Indian journal of veterinary science and animal husbandry - Volumes 22-23, 1952-1953
Year: 1952
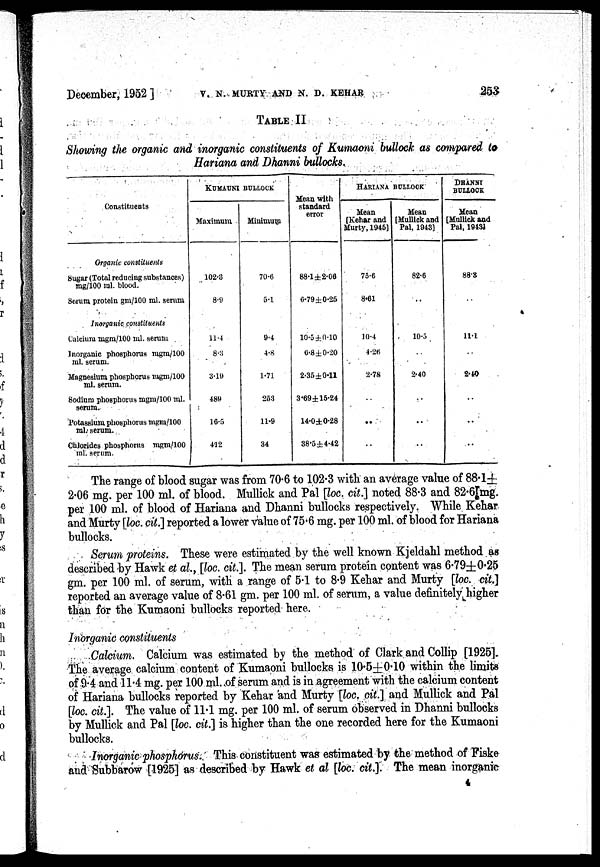
December, 1952 ]
V.
N.
MURTY
AND
N.
D.
KEHAR
253
TABLE II
Showing the organic and inorganic constituents of Kumaoni bullock as compared to
Hariana and Dhanni bullocks.
Constituents
Organic
constituents
Super (Total reduring mrntincrs)
mg/100 ml. bood.
Serum protein gm/100 ml. serum
Inorganic
constituents
Calcium mgm/100 ml. serum
Inorganic phosphorus) mgm/100
ml. serum.
Magnesium phosphorus mgm/100
ml. serum,
Sodium phosphorus mgm/100 ml.
serum.
Potassium phosphorus mgm/100
mlsserum.
Chlorides phosphorus
mgm/100
ml. serum.
KUMAUNI BULLOCK
Maximum
102.3
8.9
11.4
8.3
3.19)
4.89
16.5
4.12
Minimum
70.6
5.1
9.4
4.8
1.71
25.3
11.9
34
Mean with
standard
error
88.1 ±2.06
6.79±0.25
10.5 ±0.10
6.8±0.20
2.35±0.11
3.69 ±15.24
14.0±0.28
38.5±4.42
HARIANA BULLOCK
Mean
[Kehar and
Murty, 1945]
75.6
8.61
10.4
4.26
2.78
..
..
..
Mean
[Mullick and
Pal, 1943]
82.6
..
10.5
2.40
..
..
..
DHANNI
BULLOCK
Mean
[Mullick and
Pal, 1943J
88.3
..
11.1
2.40
..
..
..
The range of blood sugar was from 70.6 to 102.3 with an average value of 88.1±
2.06 mg. per 100 ml. of blood. Mullick and Pal [loc. cit.] noted 88.3 and 82.6 mg.
per 100 ml. of blood of Hariana and Dhanni bullocks respectively. While Kehar.
and Murty [loc. cit.] reported a lower value of 75.6 mg. per 100 ml. of blood for Hariana
bullocks.
Serum proteins. These were estimated by the well known Kjeldahl method as
described by Hawk et al., [loc. cit.]. The mean serum protein content was 6 .79±0 .25
gm. per 100 ml. of serum, with a range of 5.1 to 8.9 Kehar and Murty [loc. cit.]
reported an average value of 8.61 gm. per 100 ml. of serum, a value definitely higher
than for the Kumaoni bullocks reported here.
Inorganic constituents
Calcium, Calcium was estimated by the method of Clark and Collip [1925].
The average calcium content of Kumaoni bullocks is 10.5±0.10 within the limits
of .9.4 and 11.4 mg. per 100 ml. of serum and is in agreement with the calcium content
of Hariana bullocks reported by Kehar and Murty [loc, cit.] and Mullick and Pal
[loc. cit.]. The value of 11.1 mg. per 100 ml. of serum observed in Dhanni bullocks
by Mullick and Pal [loc. cit.] is higher than the one recorded here for the Kumaoni
bullocks.
Inorganic phosphorus. This constituent was estimated by the method of Fiske
and Subbarow [1925] as described by Hawk et al [loc. cit.]. The mean inorganic